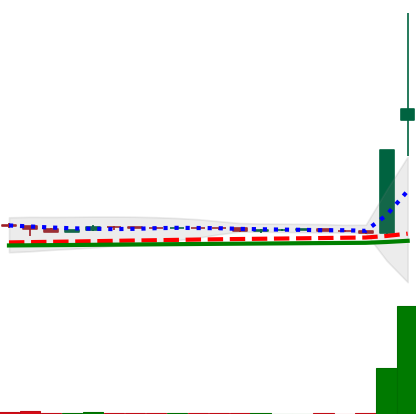
Ticker: DOGE-USD
Chart end date: 2021-01-29
Forward return: -21.293%
Label: down_7plus